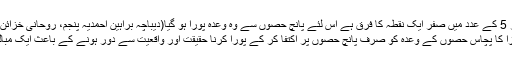
اور چونکہ 50 اور 5 کے عدد میں صفر ایک نقطہ کا فرق ہے اس لئے پانچ حصوں سے وہ وعدہ پورا ہو گیا(دیباچہ براہین احمدیہ پنجم، روحانی خزائن جلد 21 صفحہ 9)
(مرزا کا پچاس حصوں کے وعدہ کو صرف پانچ حصوں پر اکتفا کر کے پورا کرنا حقیقت اور واقعیت سے دور ہونے کے باعث ایک مبالغہ آمیز دروغ ہے۔